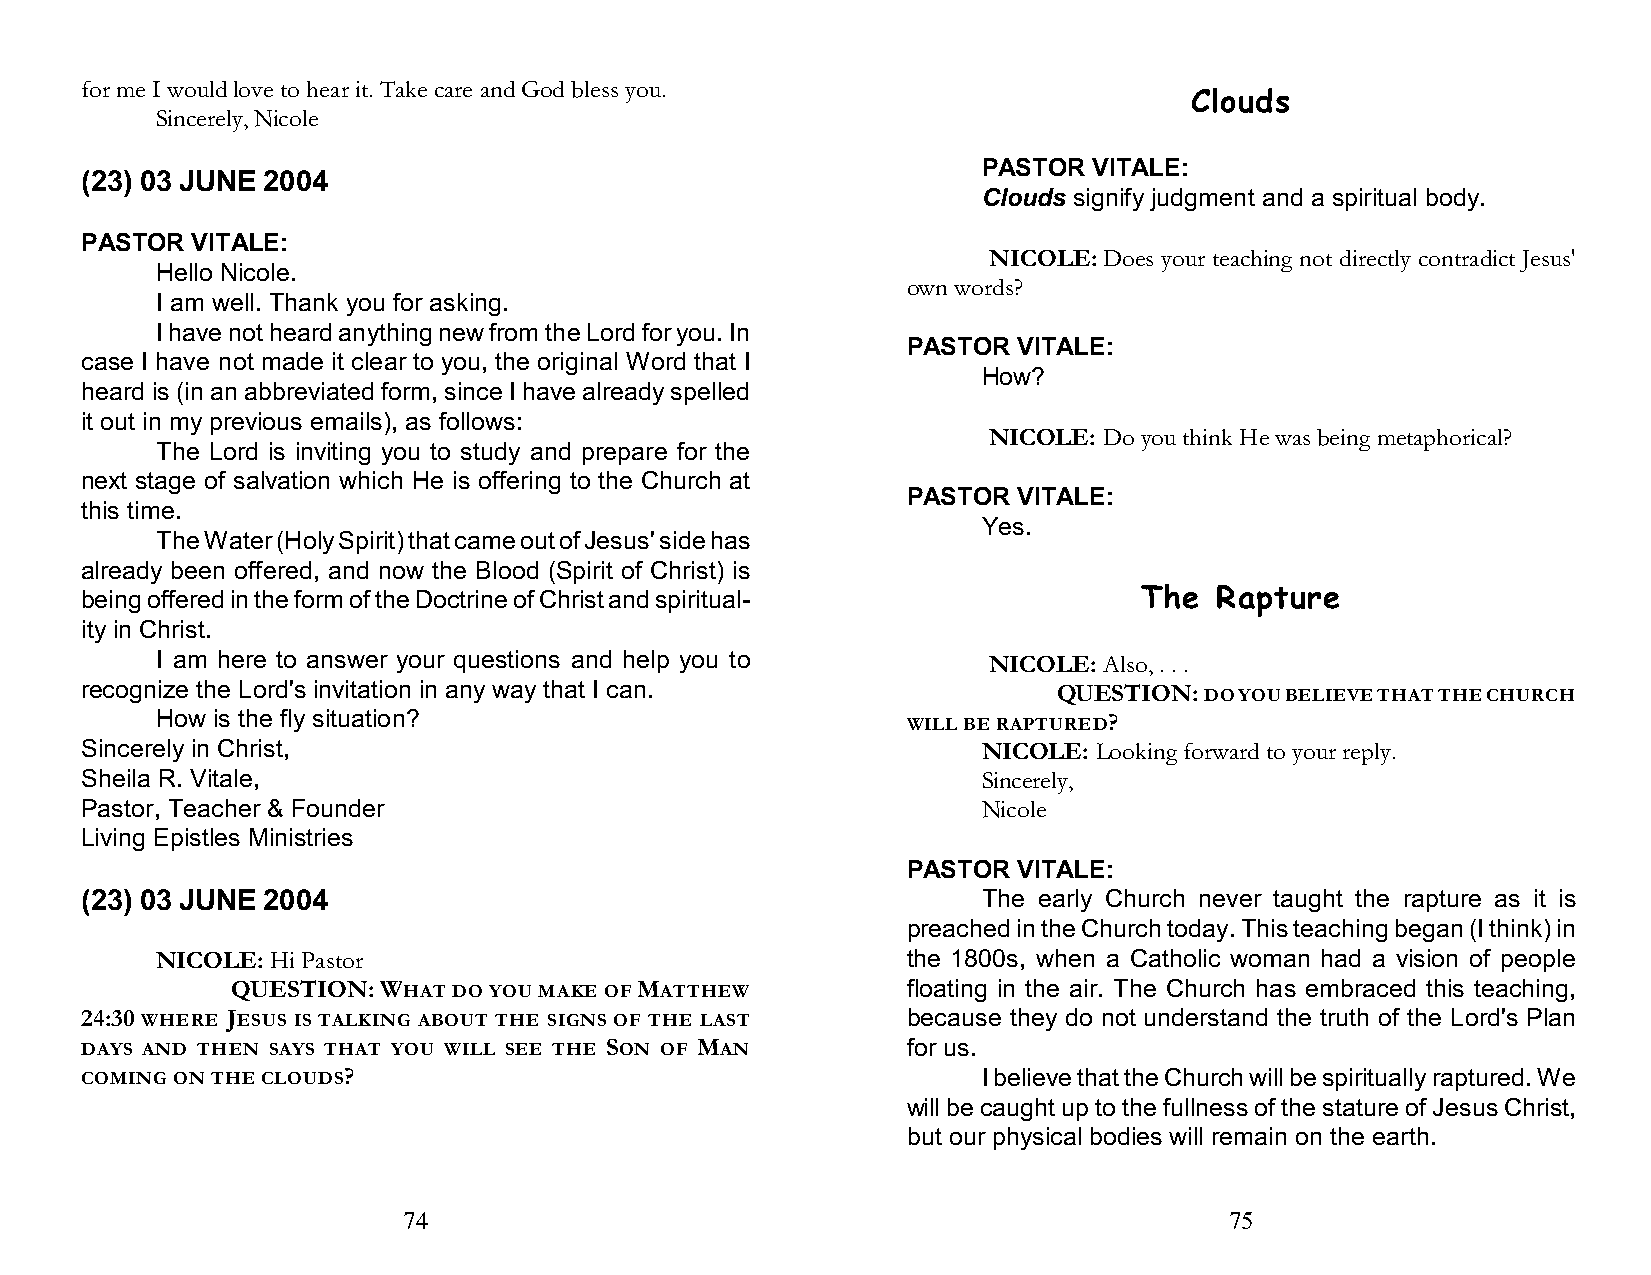
for me I would love to hear it. Take care and God bless you.
 Clouds
 Sincerely, Nicole
 PASTOR VITALE:
 (23) 03 JUNE 2004
 Clouds signify judgment and a spiritual body.
 PASTOR  VITALE:
 NICOLE: Does your teaching not directly contradict Jesus'
 Hello Nicole.
 own words?
 I am well. Thank you for asking.
 I have not heard anything new from the Lord for you. In
 PASTOR VITALE:
 case I have not made it clear to you, the original Word that I
 How?
 heard is (in an abbreviated form, since I have already spelled
 it out in my previous emails), as follows:
 NICOLE: Do you think He was being metaphorical?
 The Lord is inviting you to study and prepare for the
 next stage of salvation which He is offering to the Church at
 PASTOR VITALE:
 this time.
 Yes.
 The Water (Holy Spirit) that came out of Jesus' side has
 already been offered, and now the Blood (Spirit of Christ) is
 being offered in the form of the Doctrine of Christ and spiritual-    The  Rapture
 ity in Christ.
 I am here to answer your questions and help you to     NICOLE: Also, . . .
 recognize the Lord's invitation in any way that I can.           QUESTION: DO YOU BELIEVE THAT THE CHURCH
 How is the fly situation?                         WILL BE RAPTURED?
 Sincerely in Christ,                                        NICOLE: Looking forward to your reply.
 Sheila R. Vitale,                                           Sincerely,
 Pastor, Teacher & Founder                                   Nicole
 Living Epistles Ministries
 PASTOR VITALE:
 (23) 03 JUNE 2004                                           The early Church never taught the rapture as it is
 preached in the Church today. This teaching began (I think) in
 NICOLE: Hi Pastor                                 the 1800s, when a Catholic woman had a vision of people
 QUESTION: WHAT DO YOU MAKE OF MATTHEW        floating in the air. The Church has embraced this teaching,
 24:30 WHERE JESUS IS TALKING ABOUT THE SIGNS OF THE LAST because they do not understand the truth of the Lord's Plan
 DAYS AND THEN SAYS THAT YOU WILL SEE THE SON OF MAN    for us.
 COMING ON THE CLOUDS?                                       I believe that the Church will be spiritually raptured. We
 will be caught up to the fullness of the stature of Jesus Christ,
 but our physical bodies will remain on the earth.
 74                                                    75